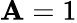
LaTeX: \mathbf{A}=1